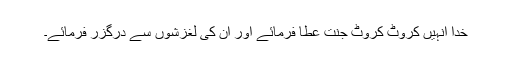
خدا انہیں کروٹ کروٹ جنت عطا فرمائے اور ان کی لغزشوں سے درگزر فرمائے۔